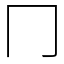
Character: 冂